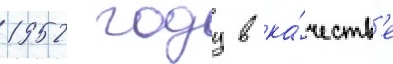
1952 году в ка́честв'е